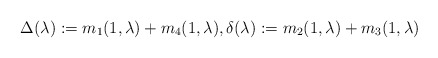
\begin{align*}\Delta(\lambda):=m_1(1,\lambda)+m_4(1,\lambda),\delta(\lambda):=m_2(1,\lambda)+m_3(1,\lambda)\end{align*}